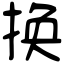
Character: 换